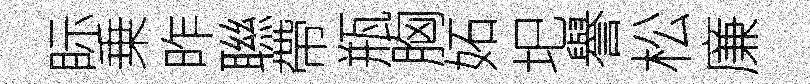
眎乗昨聮帶瓶胸妬圯譽松廉